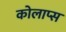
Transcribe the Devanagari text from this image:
कोलाप्स